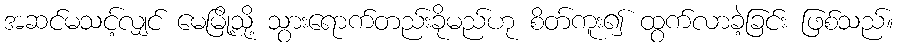
အဆင်မသင့်လျှင် မေမြို့သို့ သွားရောက်တည်းခိုမည်ဟု စိတ်ကူး၍ ထွက်လာခဲ့ခြင်း ဖြစ်သည်။